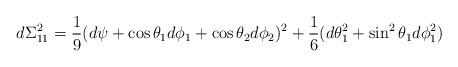
LaTeX: \begin{align*}d\Sigma^2_{11} = \frac{1}{9} ( d\psi + \cos \theta_1 d\phi_1 + \cos \theta_2 d\phi_2)^2 + \frac{1}{6}(d\theta_1^2 + \sin^2 \theta_1 d\phi_1^2 )\end{align*}